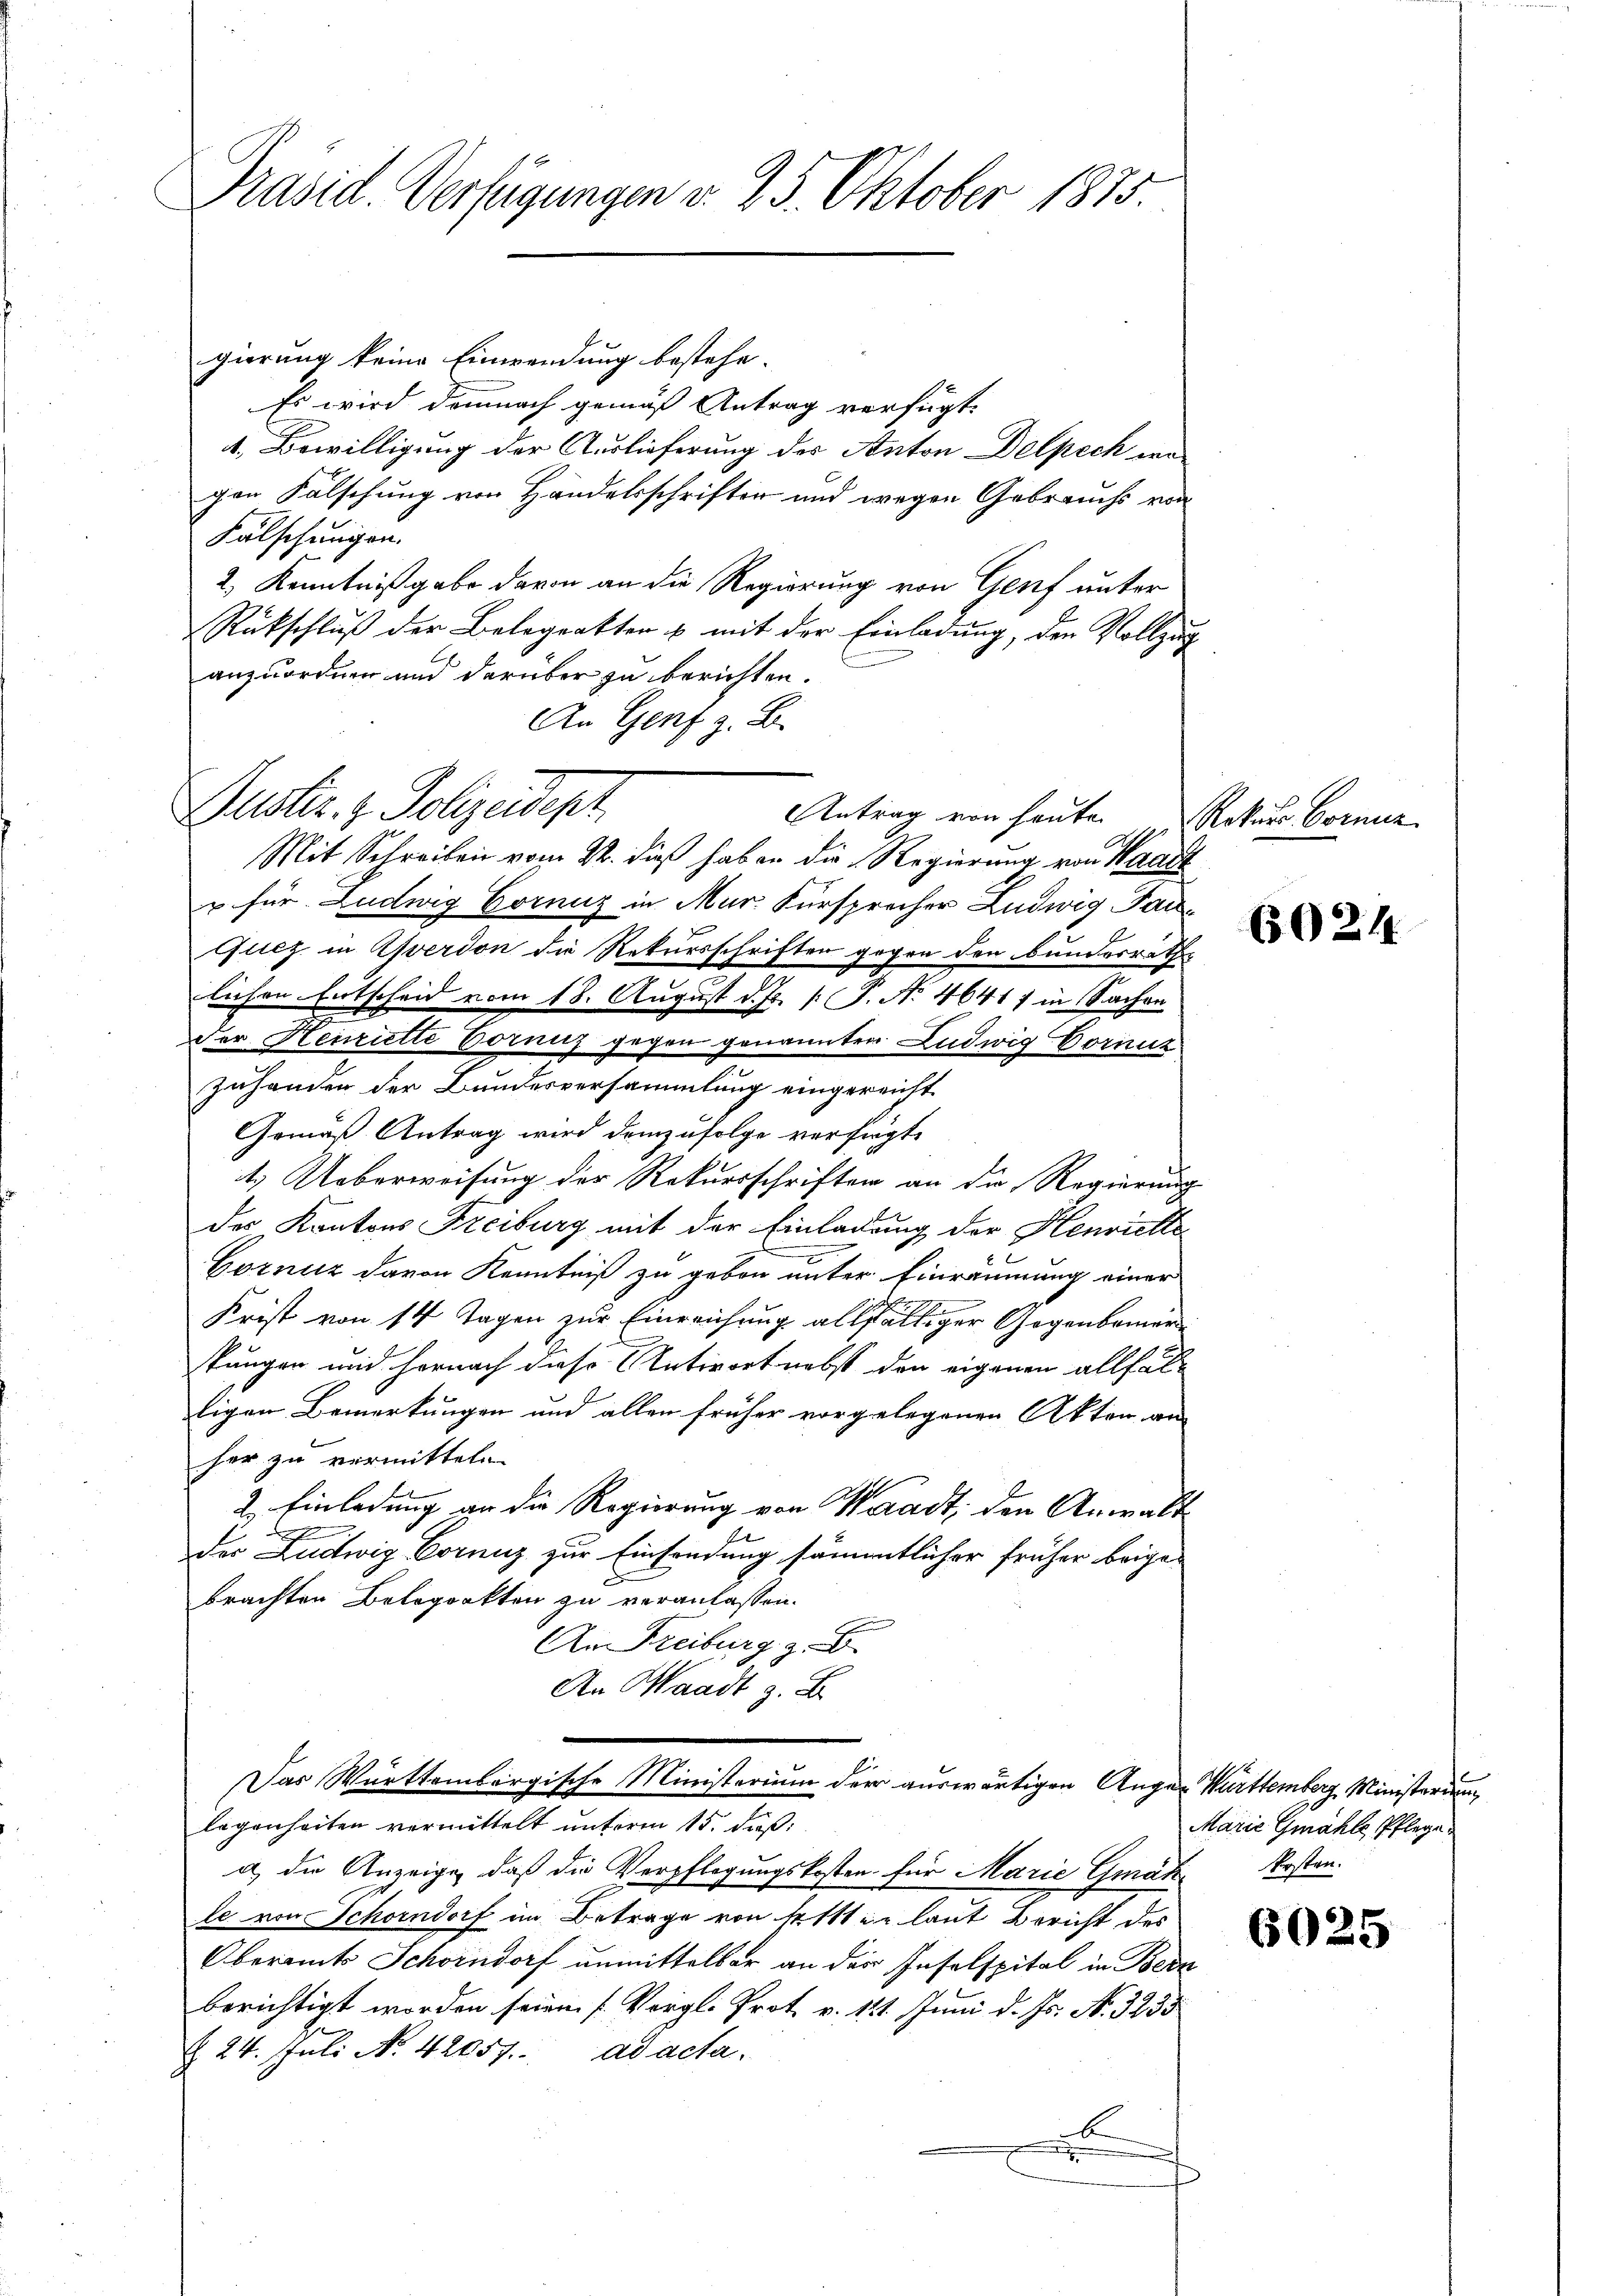
Präsid. Verfügungen v. 25. Oktober 1875.

gierung keine Einwendung bestehe.
Es wird demnach gemäß Antrag verfügt:
4. Bewilligung der Auslieferung des Anton Delpech in
gen Fälschung von Handelsschriften und wegen Gebrauchs von
Falschungen.
2.) Kenntnißgabe davon an die Regierung von Genf unter
Rückschluß der Belegrakten u mit der Einladung, den Vollzug
anzuordnen und darüber zu berichten.
An Genf z. B.
u für Ludwig Corniz in Mur. Fürsprocher Ludwig Tau¬
Gicz in Averdon die Rekursschriften gegen den Bundesrathe
lichen Entscheid vom 18. August d. Js. [: P. No 4641) in Sachen
der Henriette Voranz gegen genannter Ludwig Dorniz
zuhanden der Bundesversammlung eingereicht
Gemäß Antrag wird demzufolge verfügt,
4.) Ueberweisung der Rekursschriften an die Regierung
des Kantons Freiburg mit der Einladung der Henriette
Gorniz davon Kenntniß zu geben unter Einräumung einer
Krist von 14 Tagen zur Einreichung allfälliger Gegenbemer
kungen und Hornach diese Antwort nebst den eigenen allfälligen Bemerkungen und allen früher vorgelegenen Akten an
her zu vermitteln.
2. Einladung an die Regierung von Waadt, den Anwalt
f
der Ludwig Corniz zur Einsendung sämmtlicher früher beigebrachten Beloporkten zu veranlassen.
An Freiburg z. B.
An Waadt z. B.
Das Württembergische Ministerium der auswärtigen Augen Württemberg Ministerium
legenheiten vermittelt unterm 15. daß
a) die Anzeige, daß die Verpflegungskosten für Marie Gmäk Krstanle von Schorndorf im Betrage von Seiten laut Bericht des
Oberamts Schorndorf unmittelbar an der Inselspital in Beda
berichtigt worden seien. (Vergl. Prot. v. 121. Juni d. Js. No. 3235
§ 24. Juli No 42057. ad acta.
.

Justiz & Polizeidept
Mit Schreiben vom 22. dieß haben die Regierung von Waadt

Antrag von heute.

Rekurs Brenne

60211

Marie Gmahle, Pflege¬

6025